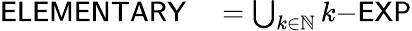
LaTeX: \begin{array}{rl}{{\mathsf{ELEMENTARY}}}&{{}=\bigcup_{k\in\mathbb{N}}k{\mathsf{{\mathrm{-}}EXP}}}\end{array}